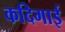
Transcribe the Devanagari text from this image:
कदिगाई